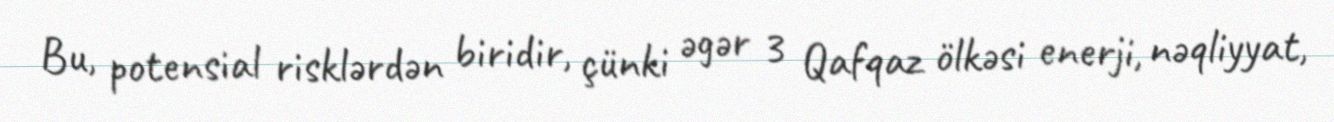
Bu, potensial risklərdən biridir, çünki əgər 3 Qafqaz ölkəsi enerji, nəqliyyat,